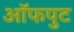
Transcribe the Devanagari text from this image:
ऑफपुट